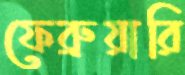
ফেব্রুয়ারি